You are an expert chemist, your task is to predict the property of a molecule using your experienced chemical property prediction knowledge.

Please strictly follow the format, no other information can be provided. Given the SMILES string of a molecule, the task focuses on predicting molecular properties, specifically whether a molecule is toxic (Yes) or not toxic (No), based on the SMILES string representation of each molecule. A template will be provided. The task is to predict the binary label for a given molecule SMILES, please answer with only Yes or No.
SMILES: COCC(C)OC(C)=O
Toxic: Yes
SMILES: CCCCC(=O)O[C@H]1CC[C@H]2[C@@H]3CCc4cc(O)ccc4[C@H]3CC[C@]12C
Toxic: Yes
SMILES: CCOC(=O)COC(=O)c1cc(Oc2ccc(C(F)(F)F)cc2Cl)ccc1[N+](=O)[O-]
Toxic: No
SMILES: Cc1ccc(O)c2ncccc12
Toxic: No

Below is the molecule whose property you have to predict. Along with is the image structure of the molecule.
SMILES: c1ccc2[nH]nnc2c1
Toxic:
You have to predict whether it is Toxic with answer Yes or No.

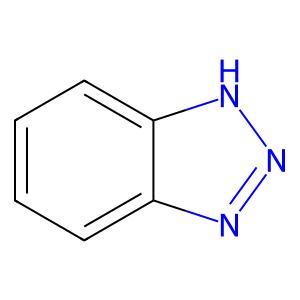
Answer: No